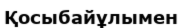
Қосыбайұлымен